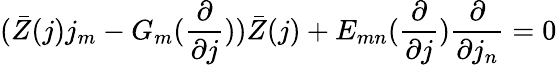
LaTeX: (\bar{Z}(j)j_{m}-G_{m}(\frac{\partial}{\partial j}))\bar{Z}(j)+E_{mn}(\frac{\partial}{\partial j})\frac{\partial}{\partial j_{n}}=0